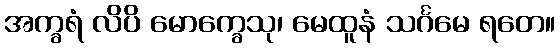
အက္ခရံ လိပိ မောက္ခေသု၊ မေထူနံ သင်္ဂမေ ရတေ။